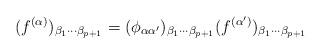
LaTeX: \begin{align*}(f^{(\alpha)})_{\beta_1\cdots\beta_{p+1}} = (\phi_{\alpha\alpha'})_{\beta_1\cdots\beta_{p+1}} (f^{(\alpha')})_{\beta_1\cdots\beta_{p+1}}\end{align*}